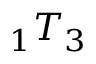
\phantom { } _ { 1 } T _ { 3 }